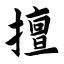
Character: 擅